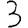
Digit: 3